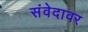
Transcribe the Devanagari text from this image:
संवेदावर